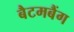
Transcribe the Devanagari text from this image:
बैटमबैंग